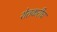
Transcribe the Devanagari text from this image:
शेतकरीच